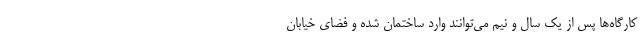
کارگاه‌ها پس از یک سال و نیم می‌توانند وارد ساختمان شده و فضای خیابان